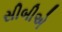
સીબીએ